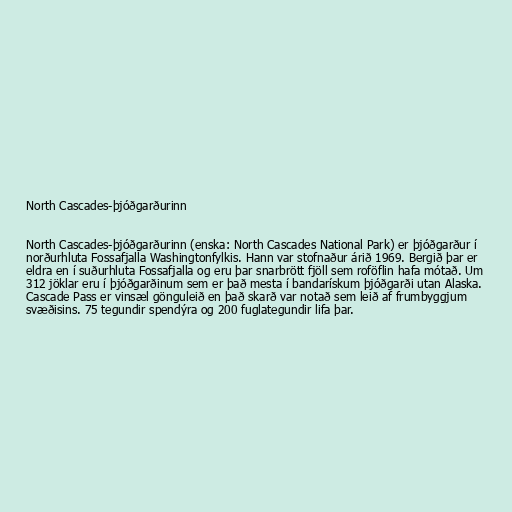
North Cascades-þjóðgarðurinn

North Cascades-þjóðgarðurinn (enska: North Cascades National Park) er þjóðgarður í
norðurhluta Fossafjalla Washingtonfylkis. Hann var stofnaður árið 1969. Bergið þar er
eldra en í suðurhluta Fossafjalla og eru þar snarbrött fjöll sem roföflin hafa mótað. Um
312 jöklar eru í þjóðgarðinum sem er það mesta í bandarískum þjóðgarði utan Alaska.
Cascade Pass er vinsæl gönguleið en það skarð var notað sem leið af frumbyggjum
svæðisins. 75 tegundir spendýra og 200 fuglategundir lifa þar.